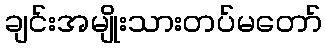
ချင်းအမျိုးသားတပ်မတော်